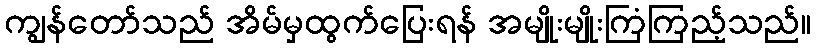
ကျွန်တော်သည် အိမ်မှထွက်ပြေးရန် အမျိုးမျိုးကြံကြည့်သည်။